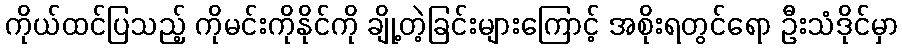
ကိုယ်ထင်ပြသည့် ကိုမင်းကိုနိုင်ကို ချို့တဲ့ခြင်းများကြောင့် အစိုးရတွင်ရော ဦးသံဒိုင်မှာ